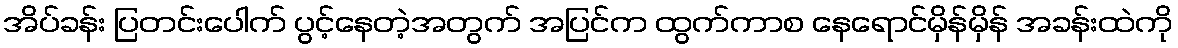
အိပ်ခန်း ပြတင်းပေါက် ပွင့်နေတဲ့အတွက် အပြင်က ထွက်ကာစ နေရောင်မှိန်မှိန် အခန်းထဲကို